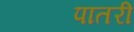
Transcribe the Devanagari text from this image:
पातरी